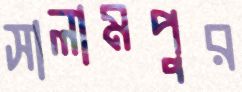
সালামপুর